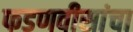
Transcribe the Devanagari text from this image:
फडणवीसांचा